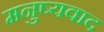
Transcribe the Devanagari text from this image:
मनुष्यवाद